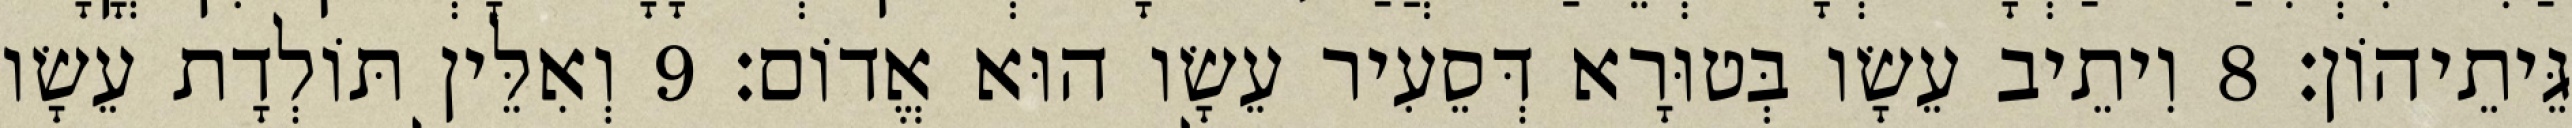
גֵּיתֵיהוֹן׃ 8 וִיתֵיב עֵשָׂו בְּטוּרָא דְּסֵעִיר עֵשָׂו הוּא אֱדוֹם׃ 9 וְאִלֵּין תּוֹלְדָת עֵשָׂו